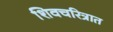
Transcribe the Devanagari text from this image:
शिवचरित्रात